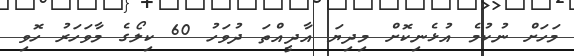
މަހަށް ނުކުމެ އުޅެނިކޮށް މިދިޔަ އާދީއްތަ ދުވަހު 60 ކިލޯގެ މާވަހަރު ހޮވި